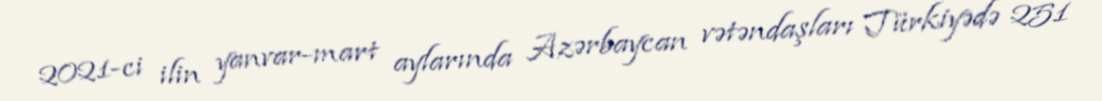
2021-ci ilin yanvar-mart aylarında Azərbaycan vətəndaşları Türkiyədə 251